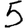
Digit: 5